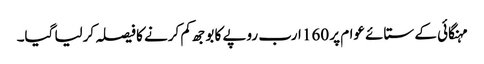
مہنگائی کے ستائے عوام پر 160 ارب روپے کا بوجھ کم کرنے کا فیصلہ کرلیا گیا۔